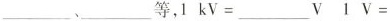
___、___等，1 k V =___V 1 V =